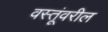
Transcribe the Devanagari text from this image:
वस्तूंवरील